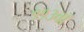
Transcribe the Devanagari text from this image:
११३वॉ